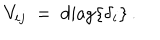
V _ { i j } ~ = ~ \mathrm { d i a g } \{ \delta _ { i } \} \, .